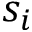
s _ { i }